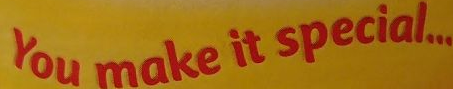
You make it special...